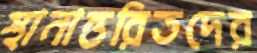
স্থানান্তরিতদের